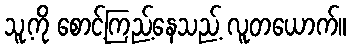
သူ့ကို စောင့်ကြည့်နေသည့် လူတယောက်။